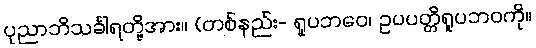
ပုညာဘိသင်္ခါရတို့အား။ (တစ်နည်း- ရူပဘဝေ၊ ဥပပတ္တိရူပဘဝကို။